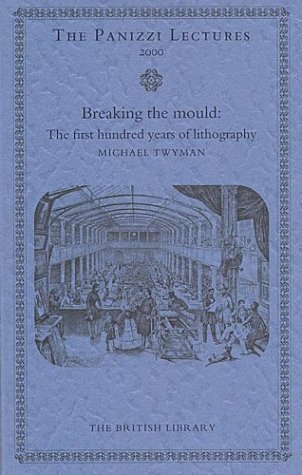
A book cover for Breaking the Mould: The First 100 Years of Lithography (Panizzi Lectures); Michael Twyman; Arts & Photography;